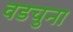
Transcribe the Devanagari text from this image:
वडचुना